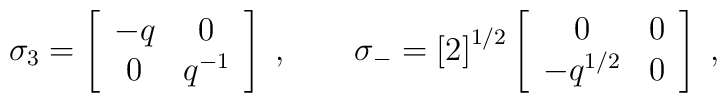
\sigma_{3}=\left[\begin{array}{cc}-q & 0\\0 & q^{-1}\end{array}\right]\;,\qquad\sigma_{-}= \left[2\right]^{1/2}\left[\begin{array}{cc}0 & 0\\-q^{1/2} & 0\end{array}\right] \;,